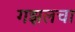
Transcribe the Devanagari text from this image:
गझलचा